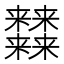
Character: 𰙉